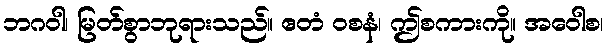
ဘဂဝါ၊ မြတ်စွာဘုရားသည်။ ဧတံ ဝစနံ၊ ဤစကားကို။ အဝေါစ၊